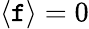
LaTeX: \langle\mathtt{f}\rangle=0